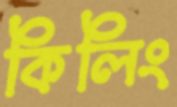
কিলিং